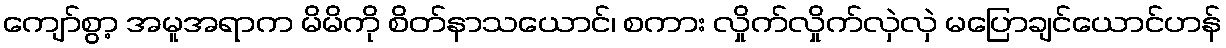
ကျော်စွာ့ အမူအရာက မိမိကို စိတ်နာသယောင်၊ စကား လှိုက်လှိုက်လှဲလှဲ မပြောချင်ယောင်ဟန်